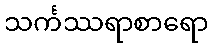
သင်္ကဿရာစာရော